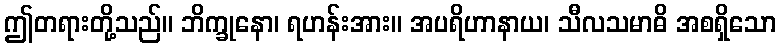
ဤတရားတို့သည်။ ဘိက္ခုနော၊ ရဟန်းအား။ အပရိဟာနာယ၊ သီလသမာဓိ အစရှိသော